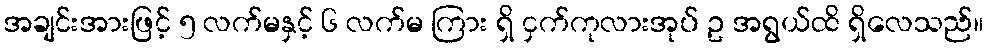
အချင်းအားဖြင့် ၅ လက်မနှင့် ၆ လက်မ ကြား ရှိ ငှက်ကုလားအုပ် ဥ အရွယ်ထိ ရှိလေသည်။